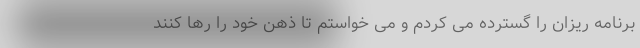
برنامه ریزان را گسترده می کردم و می خواستم تا ذهن خود را رها کنند